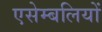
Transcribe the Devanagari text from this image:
एसेम्बलियों